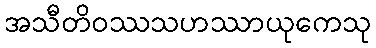
အသီတိဝဿသဟဿာယုကေသု